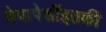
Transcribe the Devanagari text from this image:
चेपापेशींइतकी